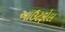
આઉટફોલ